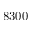
8 3 0 0